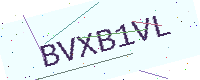
Text: BVXB1VL